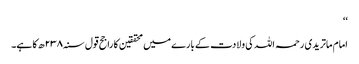
‘‘
امام ماتریدی رحمہ اللہ کی ولادت کے بارے میں محققین کا راجح قول سنہ ۲۳۸ھ کا ہے۔